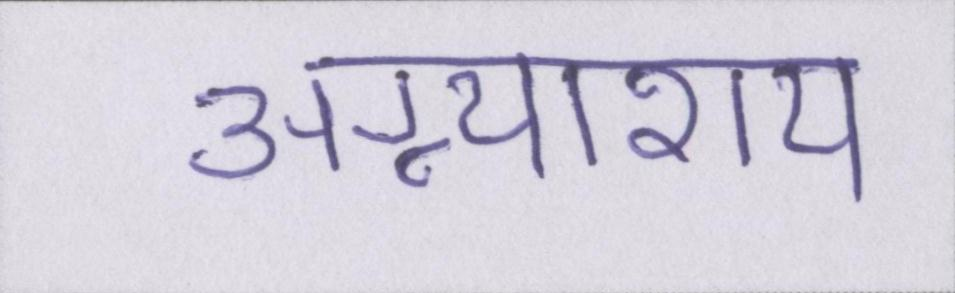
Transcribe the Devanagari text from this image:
अग्न्याशय